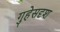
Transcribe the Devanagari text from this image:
गुहेसदृश